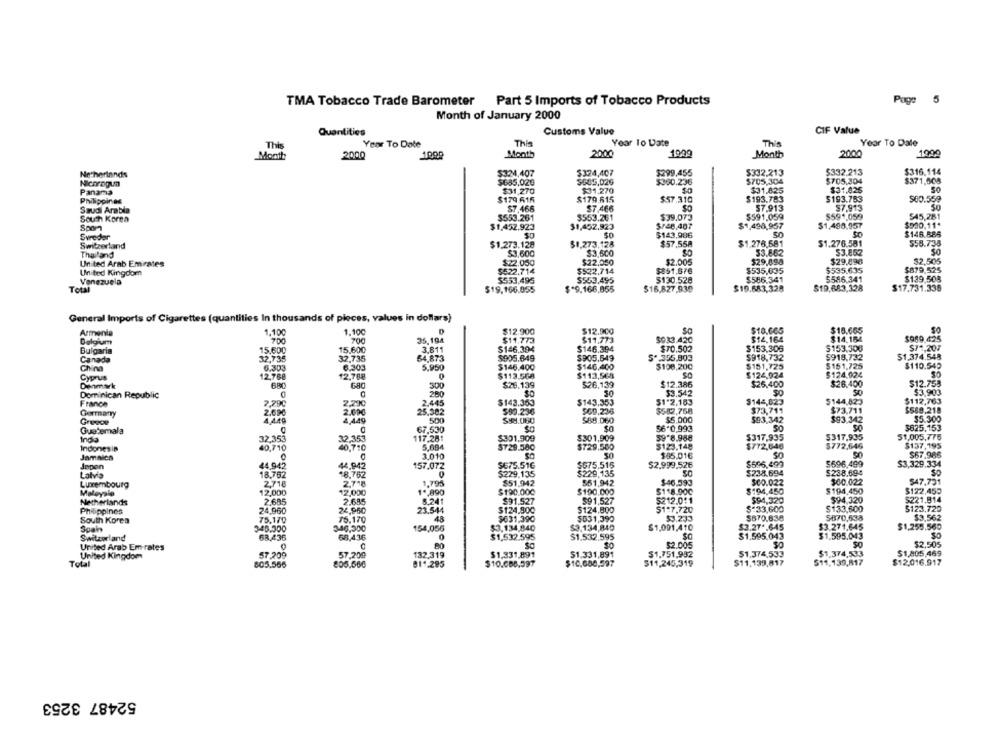
TMA Tobacco Trade Barometer Part 5 Imports of Tobacco Products
Page 5
Month of January 2000
Quantities
Customs Value
CIF Value
Year To Date
Year To Date
This
Year To Date
This
This
2000
1000
Month
2000
1909
Month
2000
1999
Month
$332.213
$332.213
$316.114
Netherlands
$324,407
$324,407
$299,455
Nichragun
$685,026
$505,02G
$360.236
$705,304
$705,304
$371,508
Panama
$31,270
$31.270
$31.825
$31.025
50
Philippines
$179.615
$179.615
$57.310
$193.783
$193.783
$60.559
$7.466
SO
$7.913
$7.913
SO
Saudi Arabia
$7.466
$39.073
$591.059
5591,059
$45,281
South Korea
$553.261
$553.261
$500.11*
$1,452.923
$1,452,923
$/20,407
$1,490,957
$1,498.957
Svreder
$143,986
50
$146.885
Switzerland
$1.273.128
$1.273.128
$57,558
$1.276,581
$1.276.581
558.735
Thailand
$3,600
$3,500
53.862
53.852
$29,098
$29,896
32,505
United Arab Emirates
$22.050
$22,050
$2.005
$879.525
United Kingdom
$522.714
$522.714
$851,676
$535,635
$535.635
Venezuela
$553.495
$553,495
$130.528
$586.341
5586,341
$139,508
Total
$19.166.055
$*9.166,855
$16,827,939
$19.683,328
$10.683,328
$17.731.336
General Imports of Cigarettes (quantities In thousands of pieces, values in dollars)
Armenia
1.100
1.100
$12.900
$12.900
SO
$10.665
$18.665
Belgium
700
700
$11.773
$11.773
5033.420
$14.164
$14.154
$969.425
3.811
$146.304
$146.394
$70.502
$153.306
$153.300
$71,207
Bulgaria
15,600
15.600
54.873
5905.649
$905.649
+ 355,803
$918,732
$918,732
$1,374.548
Canada
32,735
32,736
$110.549
China
6,303
6,203
$146.400
$146,400
$108,200
$181,725
$151.725
Cyprus
12,768
12,768
$113.568
$113,568
$124,924
$124.924
Demark
680
300
$28.139
$26,139
$12.386
$26.400
$26.400
$12.753
Dominican Republic
280
$O
30
$3.542
50
$3.903
$143.353
$1 2,183
$144,623
5144,823
$112,763
France
2.290
2,445
$143.353
$73,711
$73.711
$589.218
Germany
25.502
$50.236
960,236
$543,768
Greece
500
$88.060
$5.000
$93.342
$93.342
$5.300
Guatemala
67,530
56-0,993
SO
$825,153
India
$301,909
$301,909
59-8.988
$317.935
$317.935
51,005.776
117.28
5,694
$729.580
$729.500
$123.148
$772,640
$772.646
$137,195
Indones ip
40710
Jamaica
3.010
SO
$85,016
$67.986
Japon
157.072
$675.516
$575.515
$2.999,526
$696,499
5696.499
$3,329.334
Latvia
-8,762
$229.135
$229.135
$238.694
$238.694
Luxembourg
18.762
1.795
$51,942
551,942
$46.599
$00.022
$60.022
547.731
2718
2.76
$190,000
$1 8.900
$194.450
$194,450
$122.455
Maloyalo
12.000
$130.000
$221,914
Netherlands
2695
2885
8241
$91.527
$91.527
5212.011
$94,320
$94.320
Philippines
24.960
23.54
$124.900
$124,800
$1-7.720
$=33,600
$133,600
$123,720
South Korea
15.170
$631,390
$631,390
$3.233
$670.638
5870,538
$3.562
Span
15,170
$3.134,840
$3,134,840
$1,001,410
$3.27 *. 645
$3.271.645
$1,255.560
154,986
$1.595.043
Switzerland
68,45
$1.532.595
$1.595.043
United Arab Em-rates
$2.005
$2,505
United Kingdom
57.20
182,319
$1.331,891
$1.751,932
$1,374,533
$1,374,533
$1,805,469
Total
805.556
57 20
1. 205
$10.086.597
$10,680,597
$11,245,319
$11,139,817
$11,139,817
$12,016,917
52487 3253